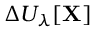
\Delta U _ { \lambda } [ \mathbf { X } ]